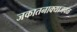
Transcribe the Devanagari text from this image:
जकातनाक्याजवळ